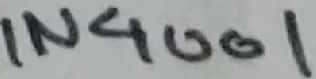
Text: IN4001